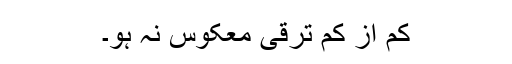
کم از کم ترقیٔ معکوس نہ ہو۔